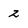
Character: 2